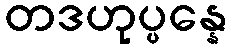
တဒဟုပ္ပန္နေ